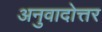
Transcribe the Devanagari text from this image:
अनुवादोत्तर